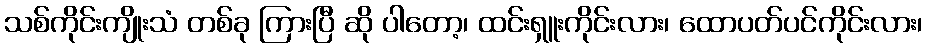
သစ်ကိုင်းကျိုးသံ တစ်ခု ကြားပြီ ဆို ပါတော့၊ ထင်းရှူးကိုင်းလား၊ ထောပတ်ပင်ကိုင်းလား၊